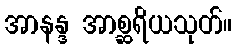
အာနန္ဒ အာစ္ဆရိယသုတ်။